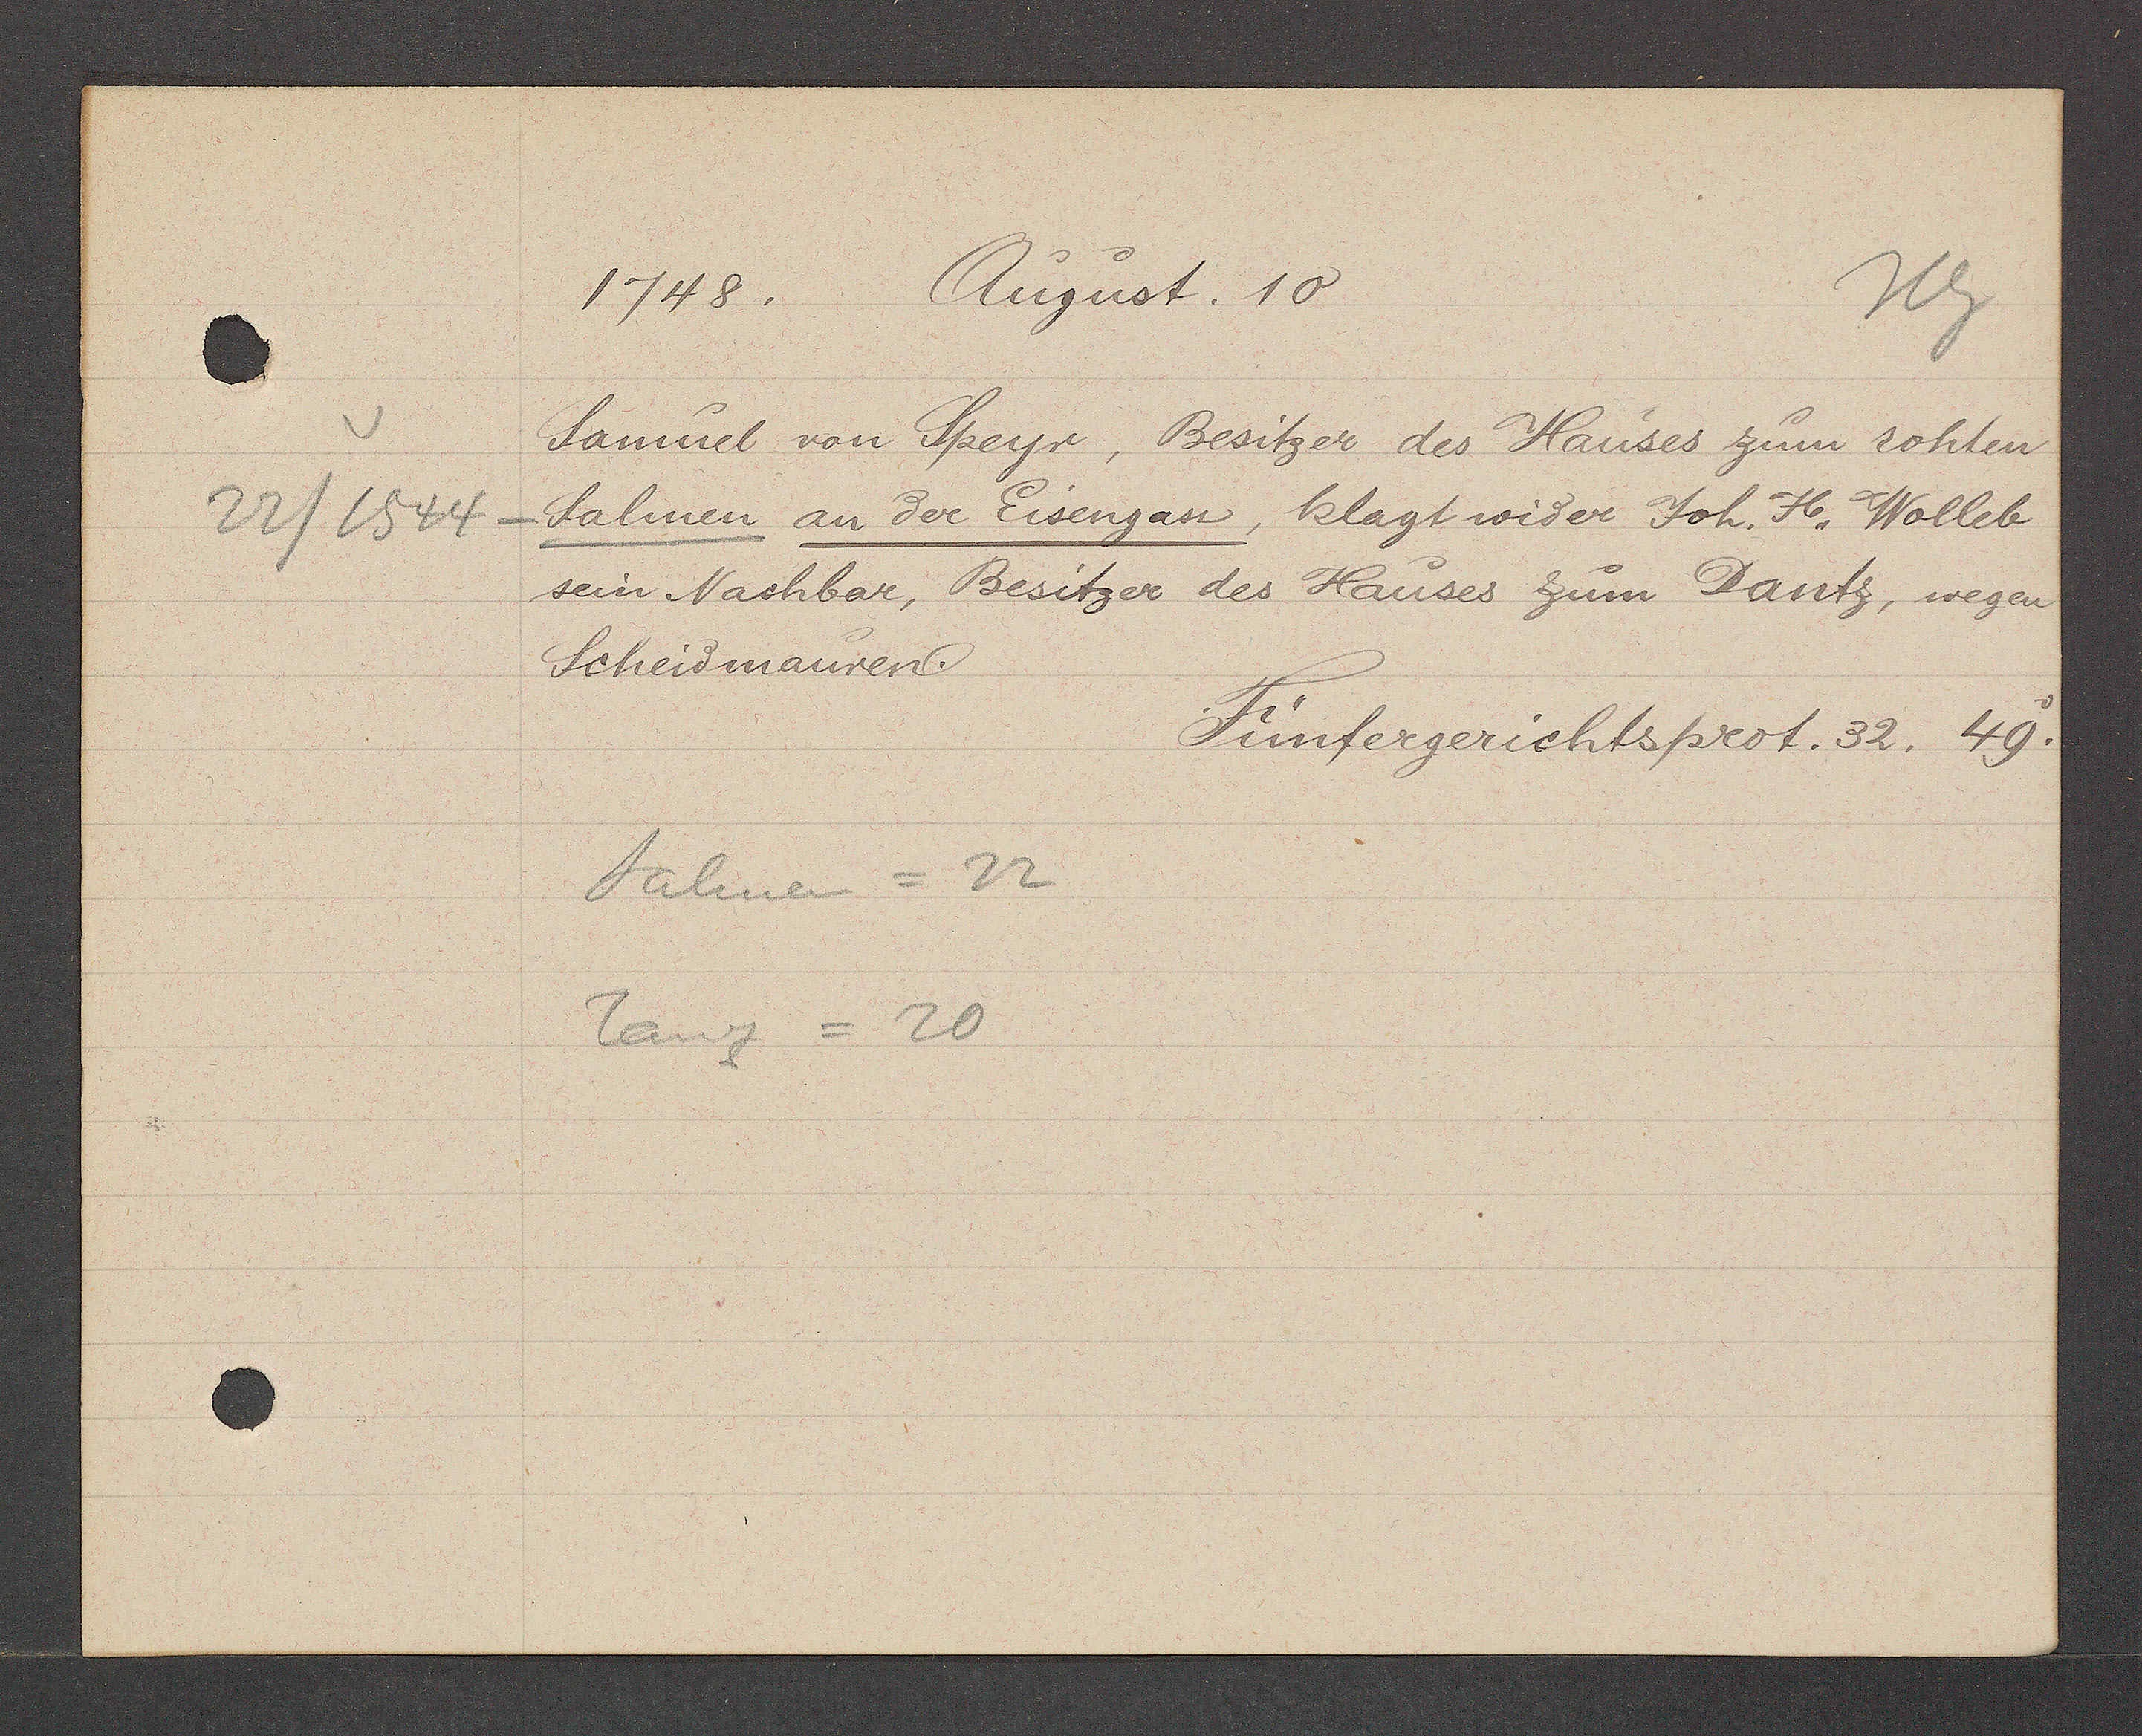
Transcript:
22/ 1544

1748. August. 10
Samuel von Speyr, Besitzer des Hauses zum rohten
Salmen an der Eisengass, klagt wider Joh. H. Wolleb
sein Nachbar, Besitzer des Hauses zum Dantz, wegen
Scheidmauren
Fünfergerichtsprot. 32. 49v.
Salmen = 22
Tanz = 20